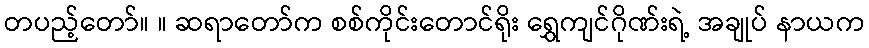
တပည့်တော်။ ။ ဆရာတော်က စစ်ကိုင်းတောင်ရိုး ရွှေကျင်ဂိုဏ်းရဲ့ အချုပ် နာယက